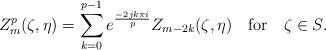
LaTeX: \begin{gather*}Z^p_m(\zeta,\eta)=\sum_{k=0}^{p-1}e^{\frac{-2jk\pi i}{p}}Z_{m-2k}(\zeta,\eta)\quad\textrm{for}\quad\zeta\in S.\end{gather*}